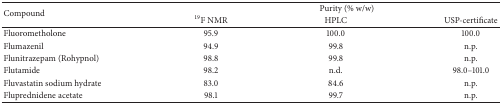
| <ROWSPAN=2> Compound | <COLSPAN=3> Purity (% w/w) |
 | 19F NMR | HPLC | USP-certificate |
 | --- | --- | --- | --- |
 | Fluorometholone | 95.9 | 100.0 | 100.0 |
 | Flumazenil | 94.9 | 99.8 | n.p. |
 | Flunitrazepam (Rohypnol) | 98.8 | 99.8 | n.p. |
 | Flutamide | 98.2 | n.d. | 98.0–101.0 |
 | Fluvastatin sodium hydrate | 83.0 | 84.6 | n.p. |
 | Fluprednidene acetate | 98.1 | 99.7 | n.p. |